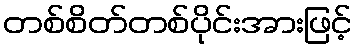
တစ်စိတ်တစ်ပိုင်းအားဖြင့်